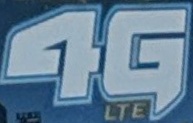
4G